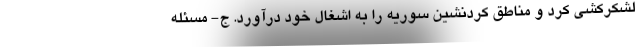
لشکرکشی کرد و مناطق کردنشین سوریه را به اشغال خود درآورد. ج- مسئله